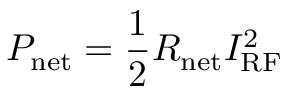
P _ { \mathrm { n e t } } = \frac { 1 } { 2 } R _ { \mathrm { n e t } } I _ { \mathrm { R F } } ^ { 2 }